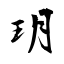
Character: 玥